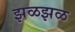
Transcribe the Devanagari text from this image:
झळझळ